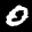
Label: 0